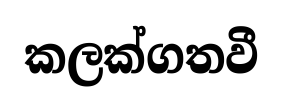
කලක්ගතවී